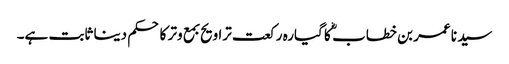
سید نا عمر بن خطاب ؓ کا گیارہ رکعت تراویح بمع وتر کا حکم دینا ثابت ہے۔